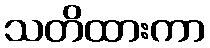
သတိထားကာ